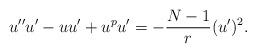
LaTeX: \begin{align*}u''u'-uu'+u^pu'=-\frac{N-1}{r}(u')^2.\end{align*}